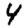
Digit: 4